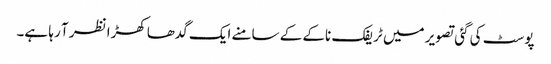
پوسٹ کی گئی تصویر میں ٹریفک ناکے کے سامنے ایک گدھا کھڑا نظر آ رہا ہے۔